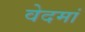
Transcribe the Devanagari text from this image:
वेदमां